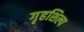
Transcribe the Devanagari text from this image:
गृहशिल्प